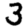
Digit: 3